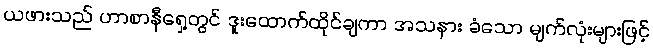
ယဖားသည် ဟာစာနီရှေ့တွင် ဒူးထောက်ထိုင်ချကာ အသနား ခံသော မျက်လုံးများဖြင့်